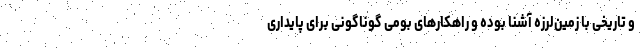
و تاریخی با زمین‌لرزه آشنا بوده و راهکارهای بومی گوناگونی برای پایداری